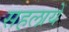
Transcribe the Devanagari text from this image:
सहलायें